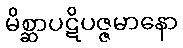
မိစ္ဆာပဋိပဇ္ဇမာနော